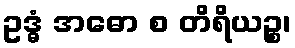
ဥဒ္ဓံ အဓော စ တိရိယဉ္စ၊